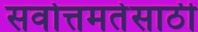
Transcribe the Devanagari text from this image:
सर्वोत्तमतेसाठी